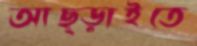
আছ্‌ড়াইতে